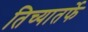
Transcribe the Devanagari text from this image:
तिच्यातर्फे